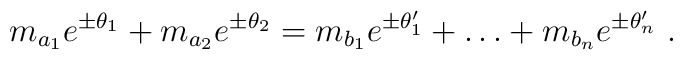
m_{a_1}e^{\pm\theta_1}+m_{a_2}e^{\pm\theta_2} =m_{b_1}e^{\pm\theta'_1}+\dots+m_{b_n}e^{\pm\theta'_n}~.